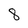
Character: 8